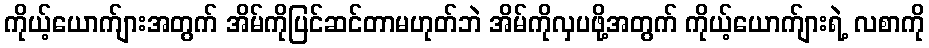
ကိုယ့်ယောက်ျားအတွက် အိမ်ကိုပြင်ဆင်တာမဟုတ်ဘဲ အိမ်ကိုလှပဖို့အတွက် ကိုယ့်ယောက်ျားရဲ့ လစာကို